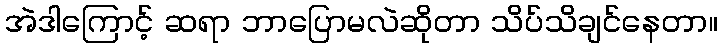
အဲဒါကြောင့် ဆရာ ဘာပြောမလဲဆိုတာ သိပ်သိချင်နေတာ။